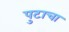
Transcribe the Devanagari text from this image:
पुटाचा